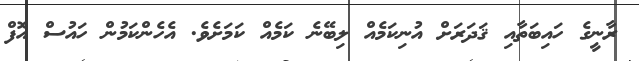
ރާނީގެ ހައިބަތާއި ޤަދަރަށް އުނިކަމެއް ލިބޭނެ ކަމެއް ކަމަށެވެ. އެހެންކަމުން ހައުސް އޮފް